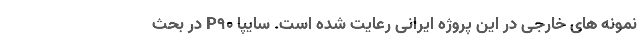
نمونه های خارجی در این پروژه ایرانی رعایت شده است. سایپا P90 در بحث